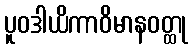
ပူဝဒါယိကာဝိမာနဝတ္ထု